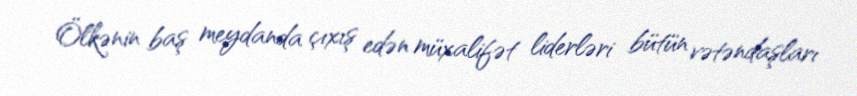
Ölkənin baş meydanda çıxış edən müxalifət liderləri bütün vətəndaşları